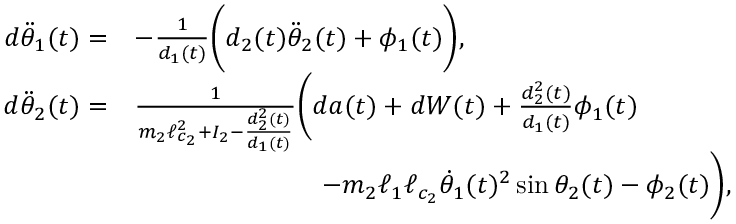
\begin{array} { r l } { d \ddot { \theta } _ { 1 } ( t ) = } & { - \frac { 1 } { d _ { 1 } ( t ) } \biggl ( d _ { 2 } ( t ) \ddot { \theta } _ { 2 } ( t ) + \phi _ { 1 } ( t ) \biggr ) , } \\ { d \ddot { \theta } _ { 2 } ( t ) = } & { \frac { 1 } { m _ { 2 } \ell _ { c _ { 2 } } ^ { 2 } + I _ { 2 } - \frac { d _ { 2 } ^ { 2 } ( t ) } { d _ { 1 } ( t ) } } \biggl ( d a ( t ) + d W ( t ) + \frac { d _ { 2 } ^ { 2 } ( t ) } { d _ { 1 } ( t ) } \phi _ { 1 } ( t ) } \\ & { \qquad \qquad \qquad \quad - m _ { 2 } \ell _ { 1 } \ell _ { c _ { 2 } } \dot { \theta } _ { 1 } ( t ) ^ { 2 } \sin \theta _ { 2 } ( t ) - \phi _ { 2 } ( t ) \biggr ) , } \end{array}